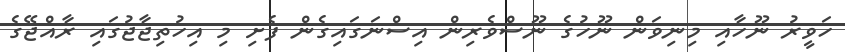
ހަވީރު ނޫހާއި މިނިވަން ނޫހުގެ ނޫސްވެރިން އިސްނަގައިގެން ފެށި މި އިހުތިޖާޖުގައި ރާއްޖޭގެ